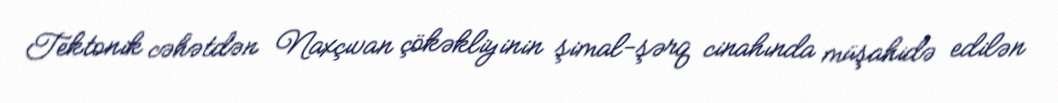
Tektonik cəhətdən Naxçıvan çökəkliyinin şimal-şərq cinahında müşahidə edilən